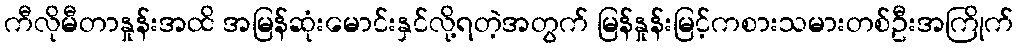
ကီလိုမီတာနှုန်းအထိ အမြန်ဆုံးမောင်းနှင်လို့ရတဲ့အတွက် မြန်နှုန်းမြင့်ကစားသမားတစ်ဦးအကြိုက်